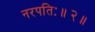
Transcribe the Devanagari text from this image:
नरपतिः॥२॥